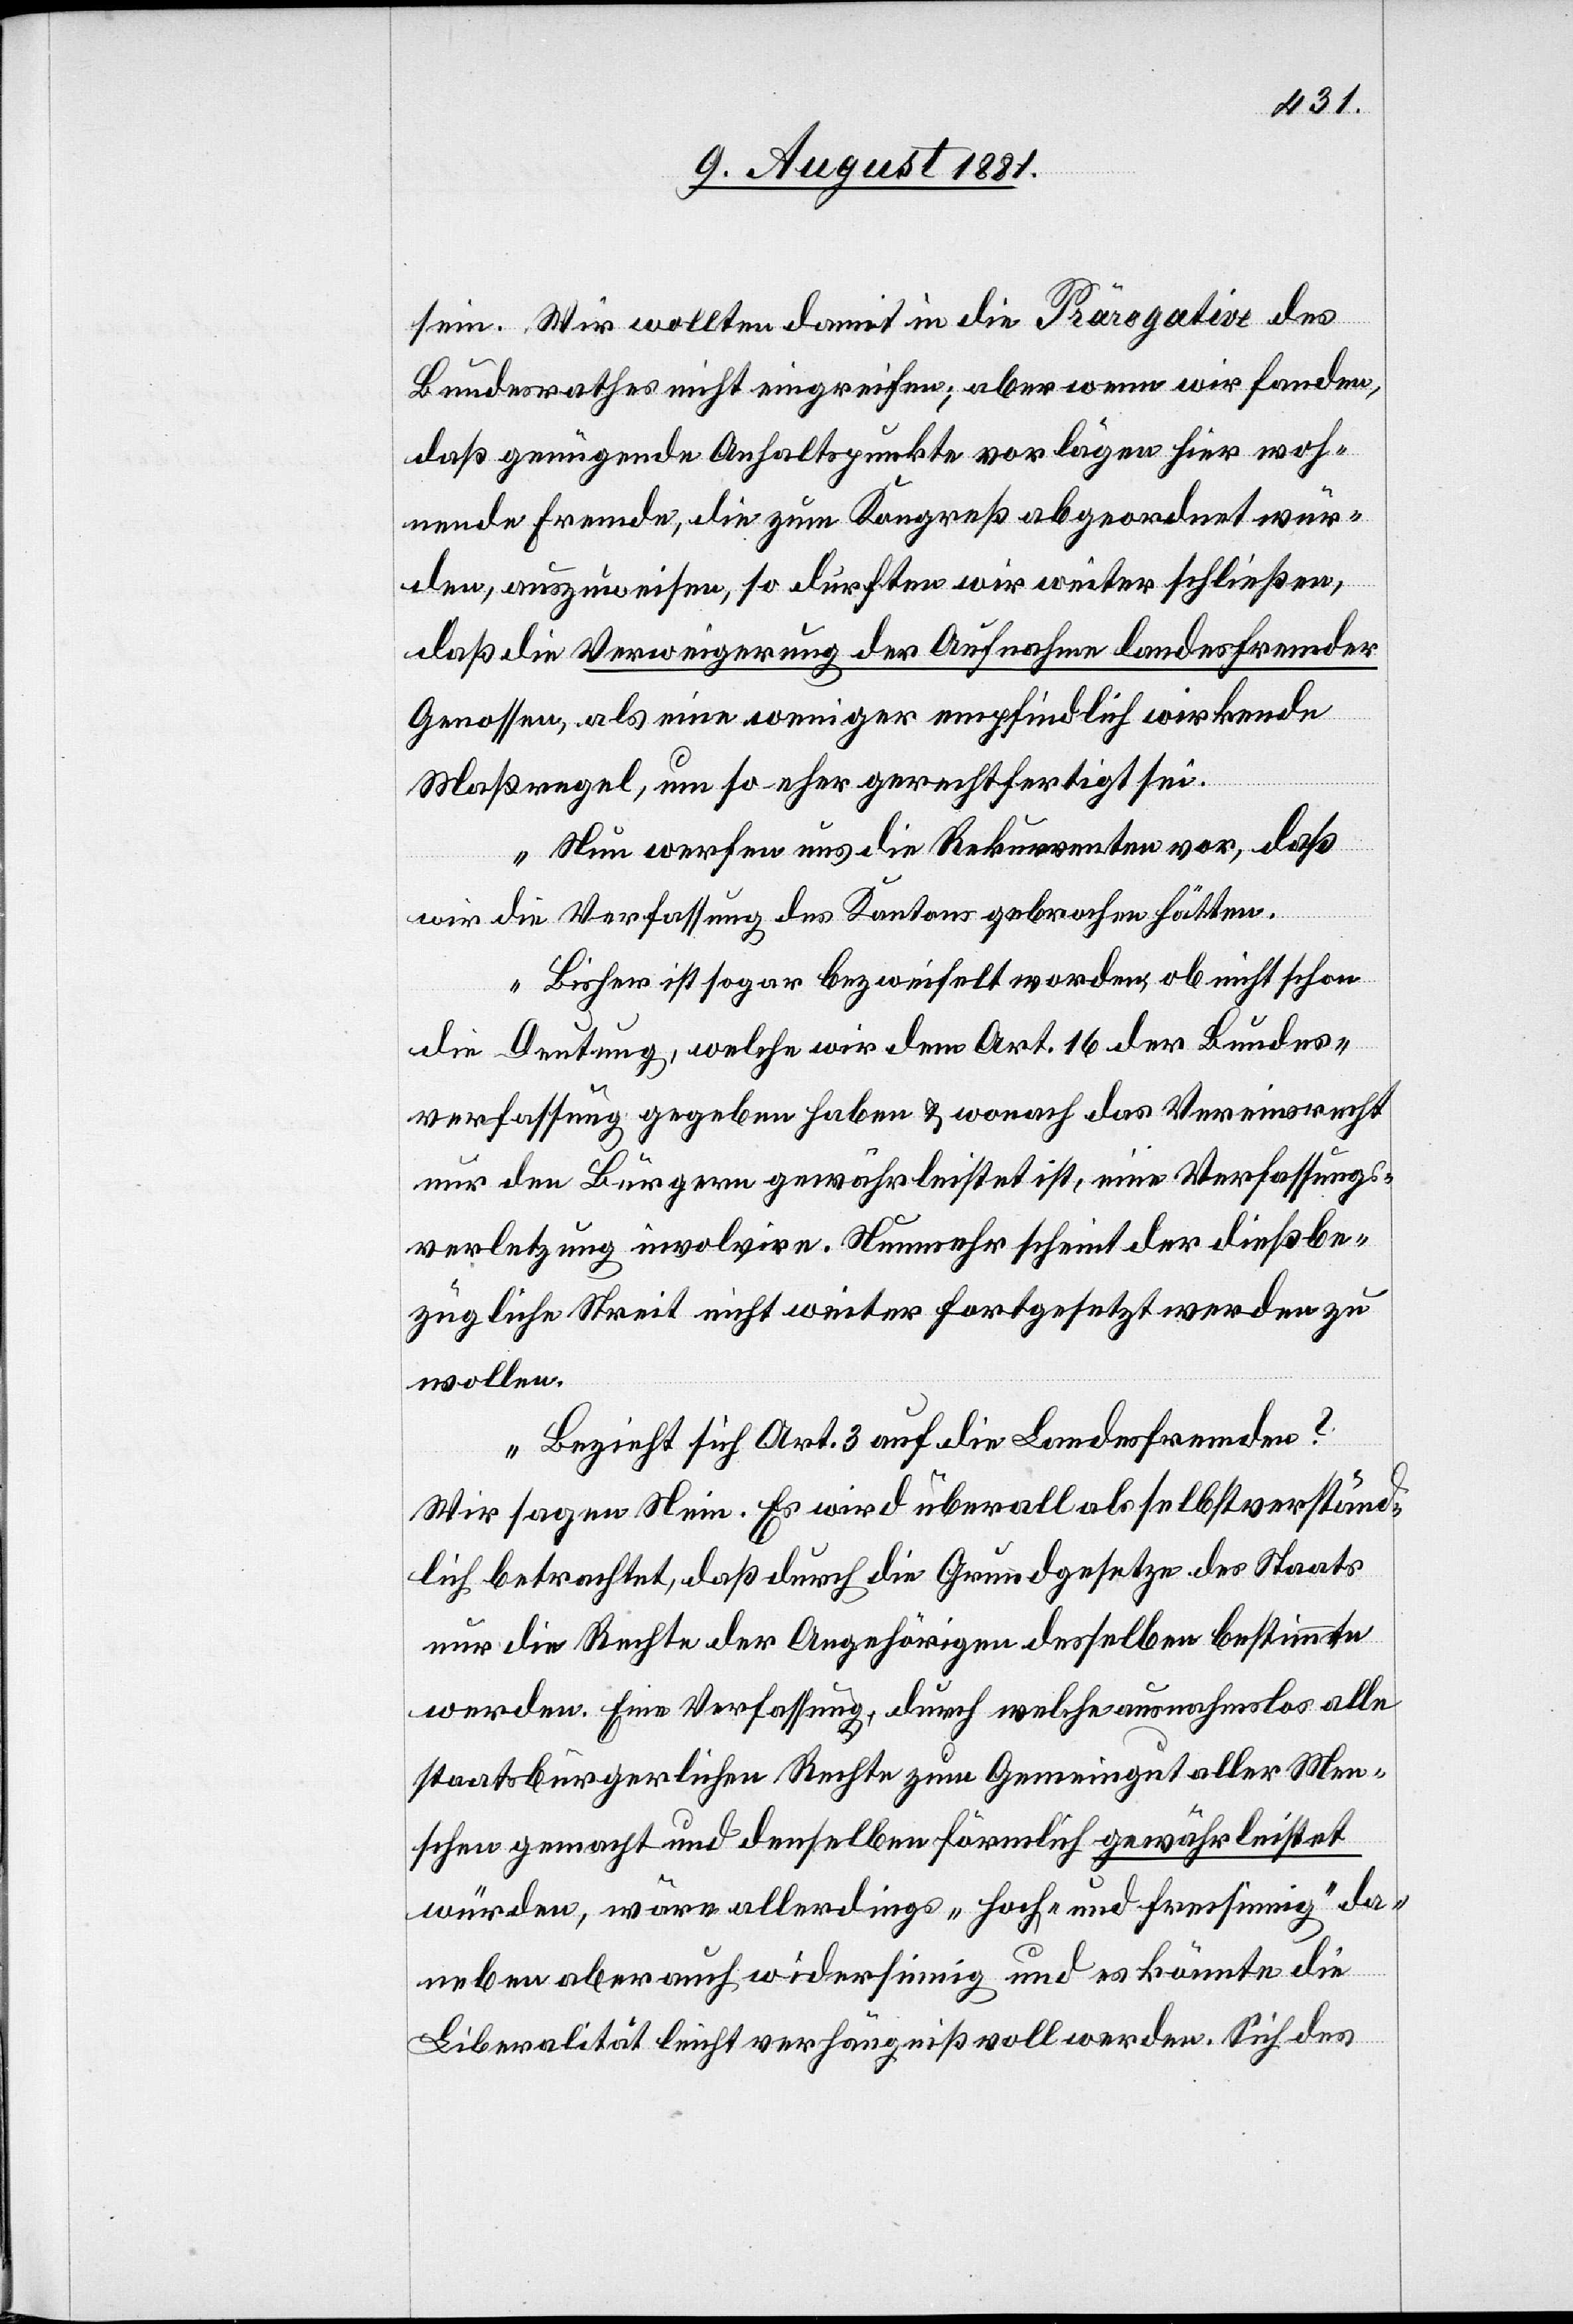
sein. Wir wollten damit in die Prärogative des
Bundesrathes nicht eingreifen; aber wenn wir fanden,
daß genügende Anhaltspunkte vorlägen[,] (Kom¬
nende Fremde, die zum Kongreß abgeordert wür¬
den, auszuweisen, so durften wir weiter schließen,
daß die Verweigerung der Aufnahme landesfremder
Genossen, als eine weniger empfindlich wirkende
Maßregel, um so mehr gerechtfertigt sei.
ma)
Nun werfen uns die Rekurrenten vor, daß
wir die Verfassung des Kantons gebrochen hätten.
Bisher ist sogar bezweifelt worden, ob nicht schon
die Deutung, welche wir dem Art. 16 der Bundes¬
verfassung gegeben haben & wonach das Vereinsrecht
nur den Bürgern gewährleistet ist, eine Verfassungs¬
verletzung involvire. Nunmehr scheint der dießbe¬
zügliche Streit nicht weiter fortgesetzt werden zu
wollen.
Bezieht sich Art. 3 auf die Landesfremden?
Wir sagen Nein. Es wird überall als selbstverständ¬
lich betrachtet, daß durch die Grundgesetze des Staats
nur die Rechte der Angehörigen desselben bestimmte
werden. Eine Verfassung, durch welche ausnahmslos alle
staatsbürgerlichen Rechte zum Gemeingut aller Men¬
schen gemacht und denselben förmlich gewährleistet
würden, wäre allerdings „hoch- und freisinnig“ da¬
r woh¬
neben aber auch widersinnig und es könnte die
Liberalität leicht verhängnißvoll werden. Sich des